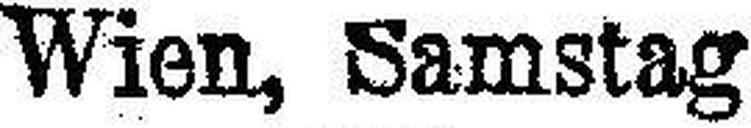
Wien, Samstag